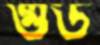
গুড